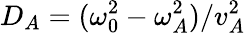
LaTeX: D_{A}=(\omega_{0}^{2}-\omega_{A}^{2})/v_{A}^{2}